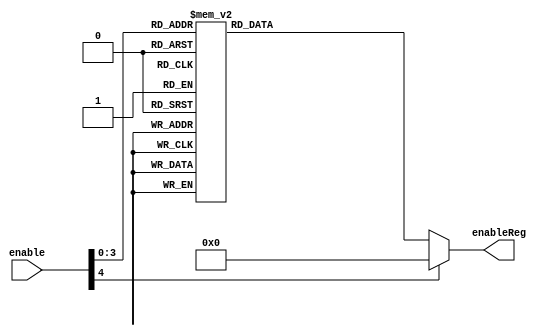
`timescale 1ns / 1ps
//////////////////////////////////////////////////////////////////////////////////
// Company: 
// Engineer: 
// 
// Design Name: 
// Module Name:    decoder 
// Project Name: 
// Target Devices: 
// Tool versions: 
// Description: 
//
// Dependencies: 
//
// Revision: 
// Revision 0.01 - File Created
// Additional Comments: 
//
//////////////////////////////////////////////////////////////////////////////////
module decoder4(
	input [4:0]enable,
	output reg [15:0]enableReg
    );
	 // Decode the 4-bit enable bus to select which register to write to.
	 // The first bit in "enable" says whether or not there WILL be a write.
	 // It is active low, so a write of 0 in the MSB (most significant bit) will cause a write.
	 // The rest of the bits select which register is being written to.
	 
	always@(enable) begin
			case (enable)
			5'b00000: enableReg = 16'b0000000000000001;
			5'b00001: enableReg = 16'b0000000000000010;
			5'b00010: enableReg = 16'b0000000000000100;
			5'b00011: enableReg = 16'b0000000000001000;
			5'b00100: enableReg = 16'b0000000000010000;
			5'b00101: enableReg = 16'b0000000000100000;
			5'b00110: enableReg = 16'b0000000001000000;
			5'b00111: enableReg = 16'b0000000010000000;
			5'b01000: enableReg = 16'b0000000100000000;
			5'b01001: enableReg = 16'b0000001000000000;
			5'b01010: enableReg = 16'b0000010000000000;
			5'b01011: enableReg = 16'b0000100000000000;
			5'b01100: enableReg = 16'b0001000000000000;
			5'b01101: enableReg = 16'b0010000000000000;
			5'b01110: enableReg = 16'b0100000000000000;
			5'b01111: enableReg = 16'b1000000000000000; 
			default: enableReg = 16'b0000000000000000; // Need to make sure that if none of the values above are selected, that
			endcase												 // enableReg is set to all zeros, otherwise a bit will still be 1 and a	 
																	 // value will be written.
		end

endmodule